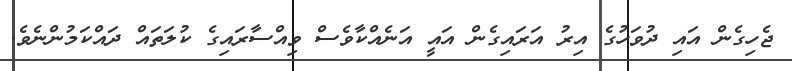
ޖެހިގެން އައި ދުވަހުގެ އިރު އަރައިގެން އައީ އަނެއްކާވެސް ވިއްސާރައިގެ ކުލަތައް ދައްކަމުންނެވެ.